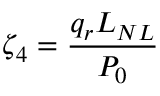
\zeta _ { 4 } = \frac { q _ { r } L _ { N L } } { P _ { 0 } }